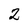
Character: 2